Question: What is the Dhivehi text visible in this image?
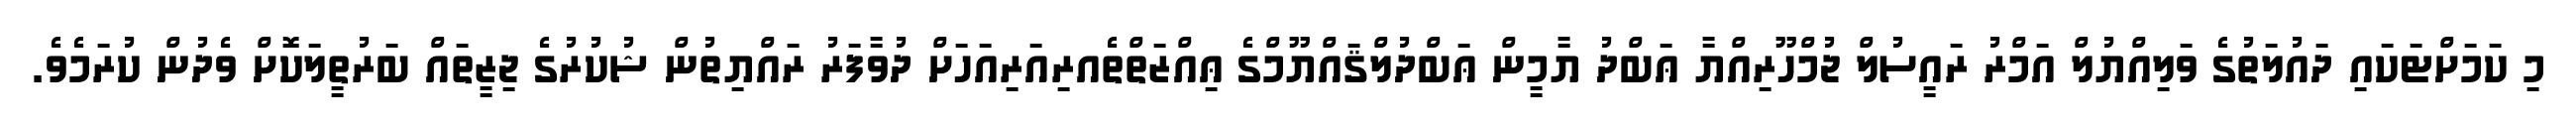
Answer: މި ކަމަށްޓަކައި ދައުލަތުގެ ވަލިއްޔުލް އަމްރު ރައީސުލް ޖުމްހޫރިއްޔާ ޢަބްދު ޔާމީން ޢަބްދުލްޤައްޔޫމްގެ ޢިއްޒަތްތެއރިއަރިއަހަށް ދުވާފަރު ރައްޔިތުން ޝުކުރުގެ ޖިޒީތައް ބަރުތީލަކޮށް ވެދުން ކުރަމެވެ.